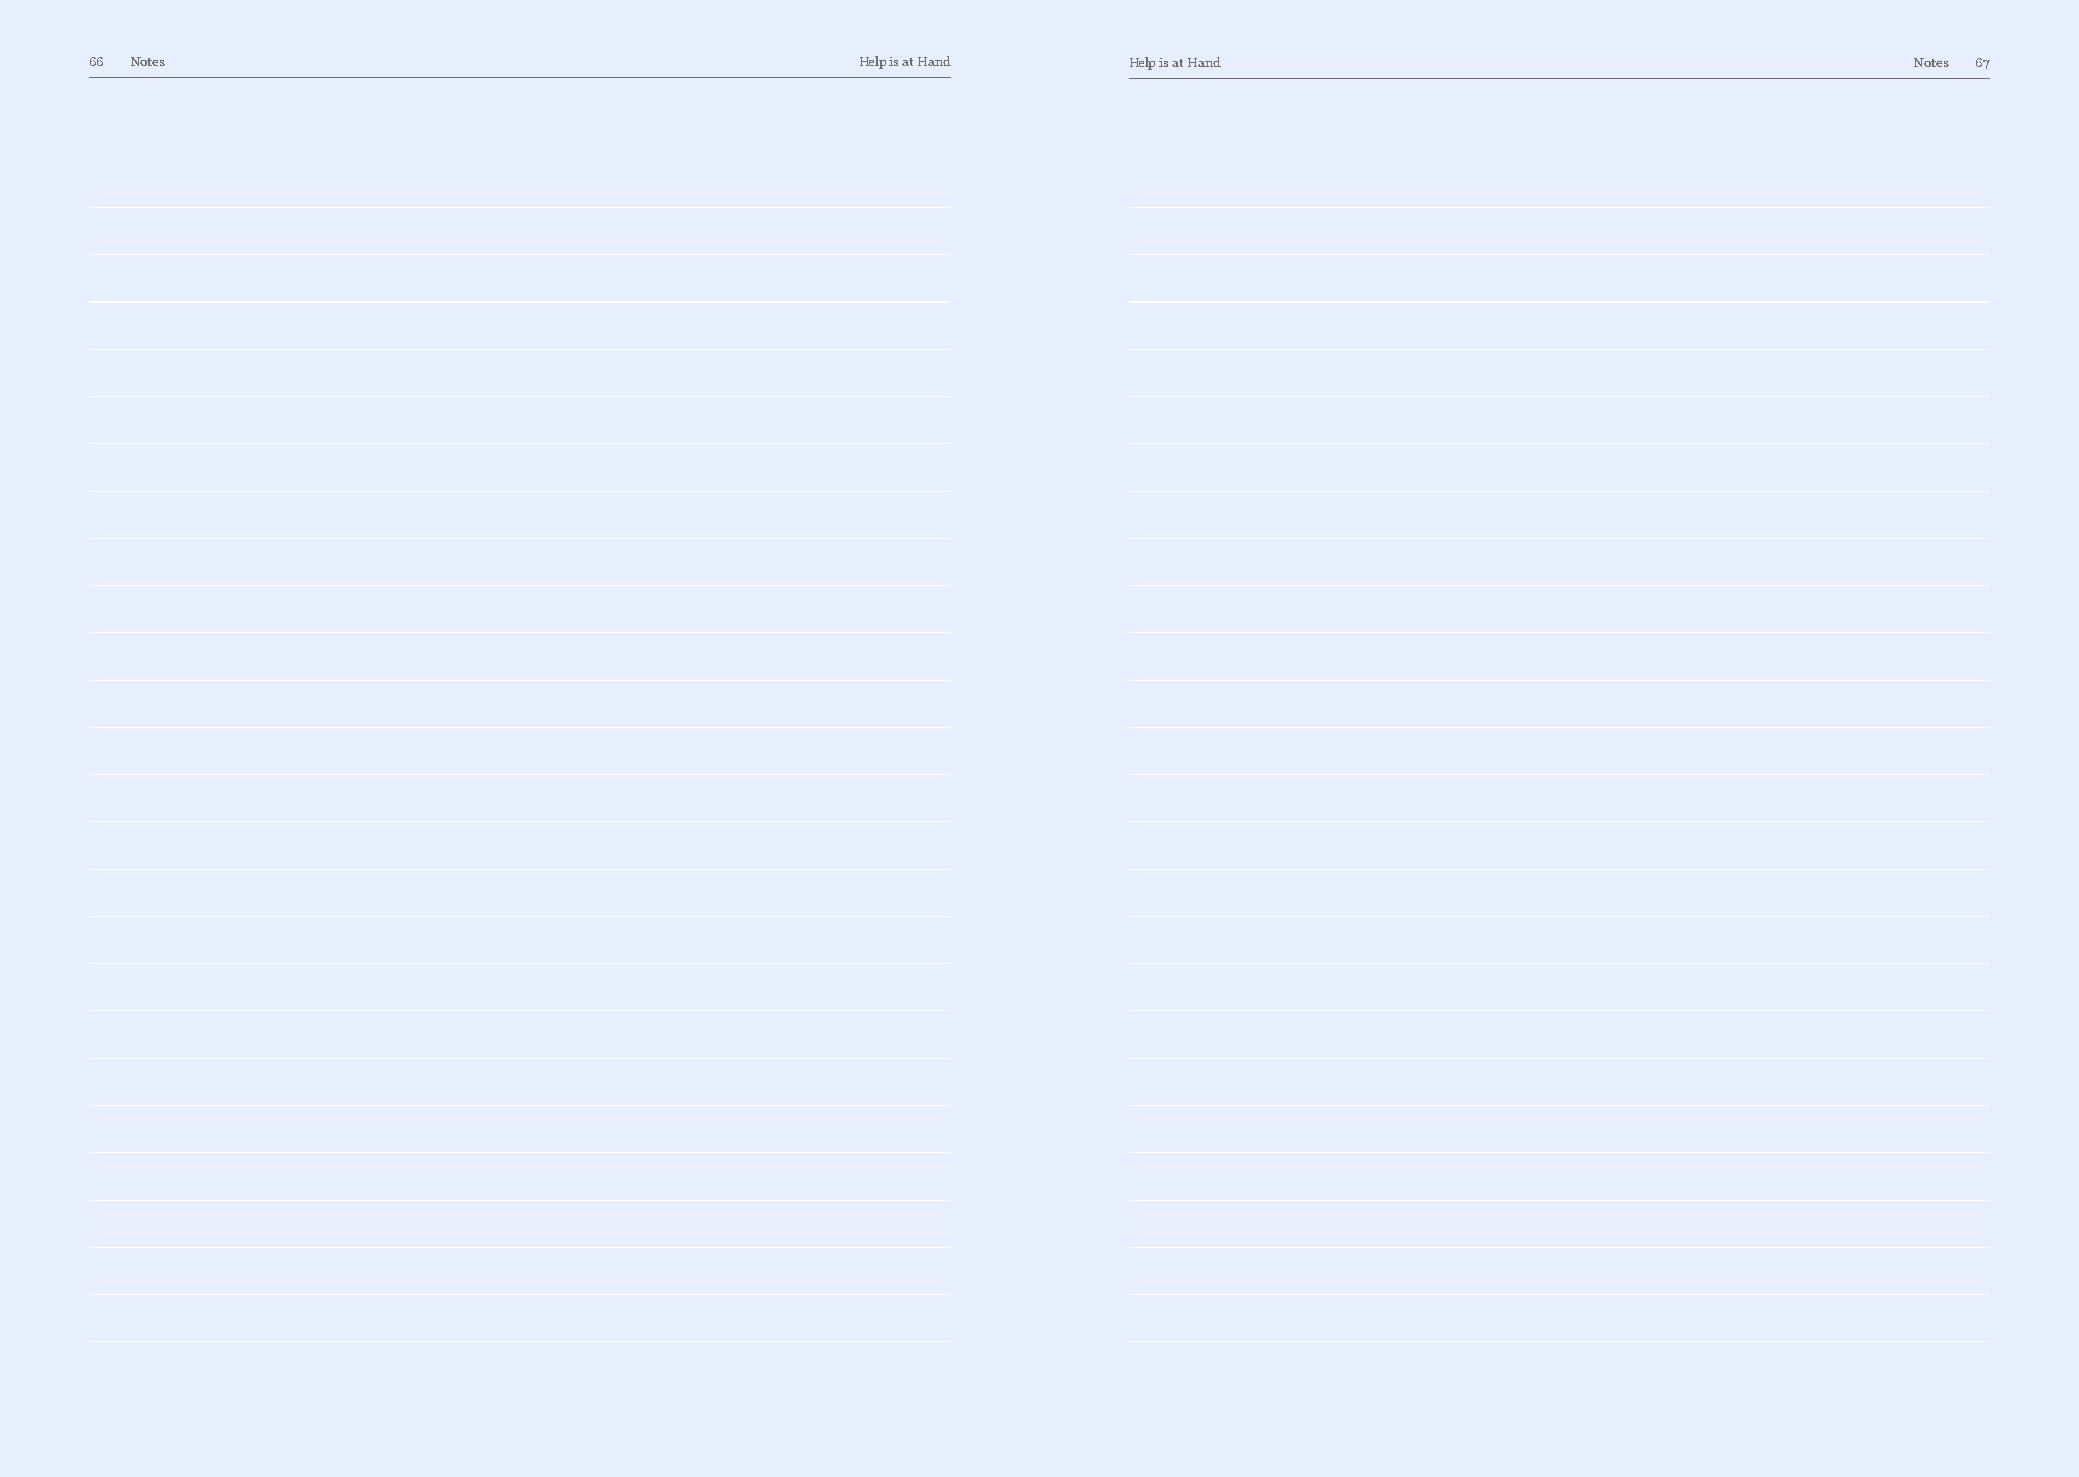
66 Notes                                           Help is at Hand   Help is at Hand                                     Notes 67